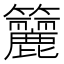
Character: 籭